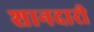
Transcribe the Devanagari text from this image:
शानदारी